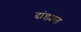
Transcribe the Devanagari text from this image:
दांड्यात